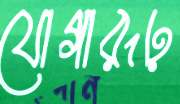
যোগারূঢ়